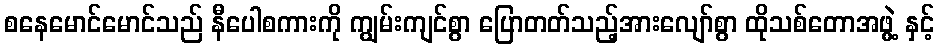
စနေမောင်မောင်သည် နီပေါစကားကို ကျွမ်းကျင်စွာ ပြောတတ်သည့်အားလျော်စွာ ထိုသစ်တောအဖွဲ့ နှင့်